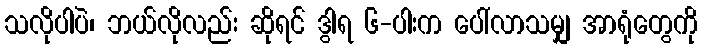
သလိုပါပဲ၊ ဘယ်လိုလည်း ဆိုရင် ဒွါရ ၆-ပါးက ပေါ်လာသမျှ အာရုံတွေကို